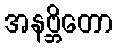
အနဗ္ဘိတော